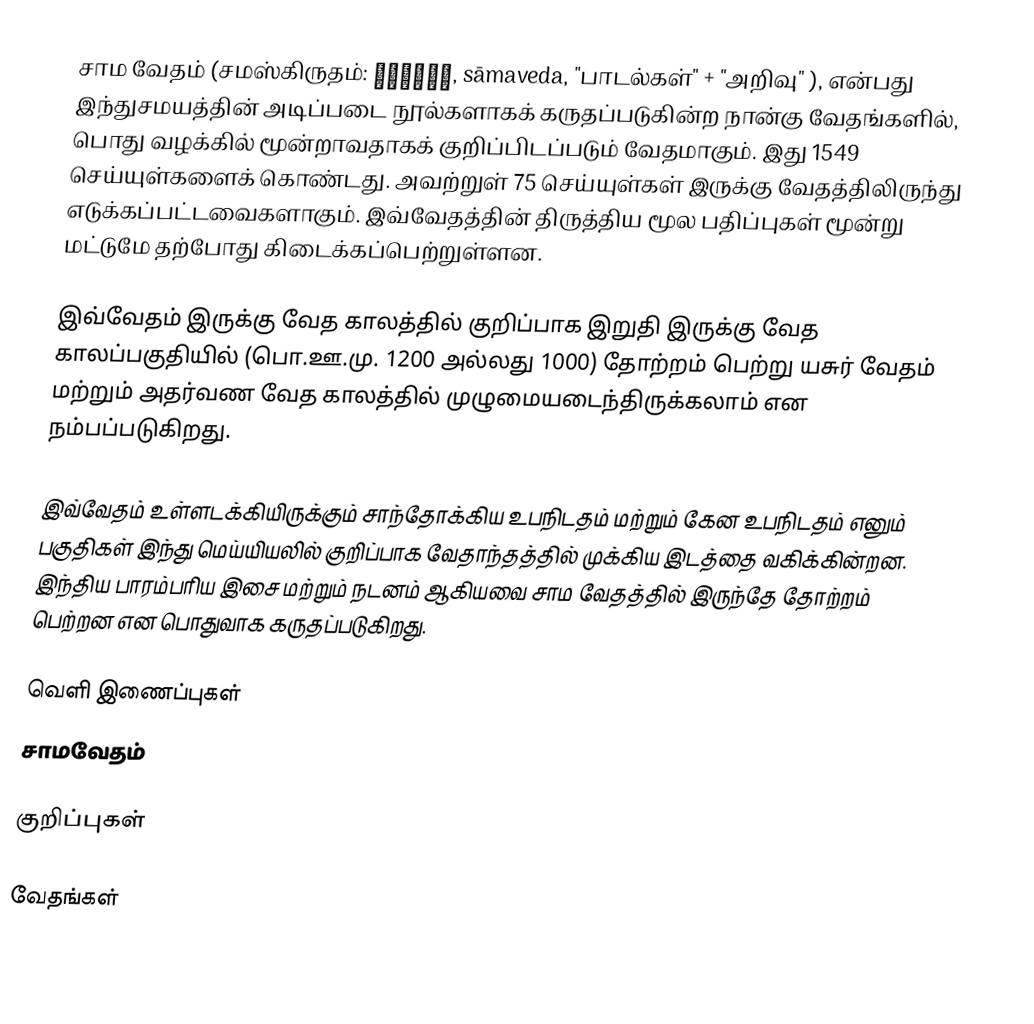
சாம வேதம் (சமஸ்கிருதம்: सामवेद, sāmaveda,  "பாடல்கள்" +  "அறிவு" ), என்பது இந்துசமயத்தின் அடிப்படை நூல்களாகக் கருதப்படுகின்ற நான்கு வேதங்களில், பொது வழக்கில் மூன்றாவதாகக் குறிப்பிடப்படும் வேதமாகும். இது 1549 செய்யுள்களைக் கொண்டது. அவற்றுள் 75 செய்யுள்கள் இருக்கு வேதத்திலிருந்து எடுக்கப்பட்டவைகளாகும். இவ்வேதத்தின் திருத்திய மூல பதிப்புகள் மூன்று மட்டுமே தற்போது கிடைக்கப்பெற்றுள்ளன.

இவ்வேதம் இருக்கு வேத காலத்தில் குறிப்பாக இறுதி இருக்கு வேத காலப்பகுதியில் (பொ.ஊ.மு. 1200 அல்லது 1000) தோற்றம் பெற்று யசுர் வேதம் மற்றும் அதர்வண வேத காலத்தில் முழுமையடைந்திருக்கலாம் என நம்பப்படுகிறது.

இவ்வேதம் உள்ளடக்கியிருக்கும் சாந்தோக்கிய உபநிடதம் மற்றும் கேன உபநிடதம் எனும் பகுதிகள் இந்து மெய்யியலில் குறிப்பாக வேதாந்தத்தில் முக்கிய இடத்தை வகிக்கின்றன. இந்திய பாரம்பரிய இசை மற்றும் நடனம் ஆகியவை சாம வேதத்தில் இருந்தே தோற்றம் பெற்றன என பொதுவாக கருதப்படுகிறது.

வெளி இணைப்புகள்
 சாமவேதம்

குறிப்புகள்

வேதங்கள்